Indian journal of veterinary science and animal husbandry - Volumes 24-25, 1954-1955
Year: 1954
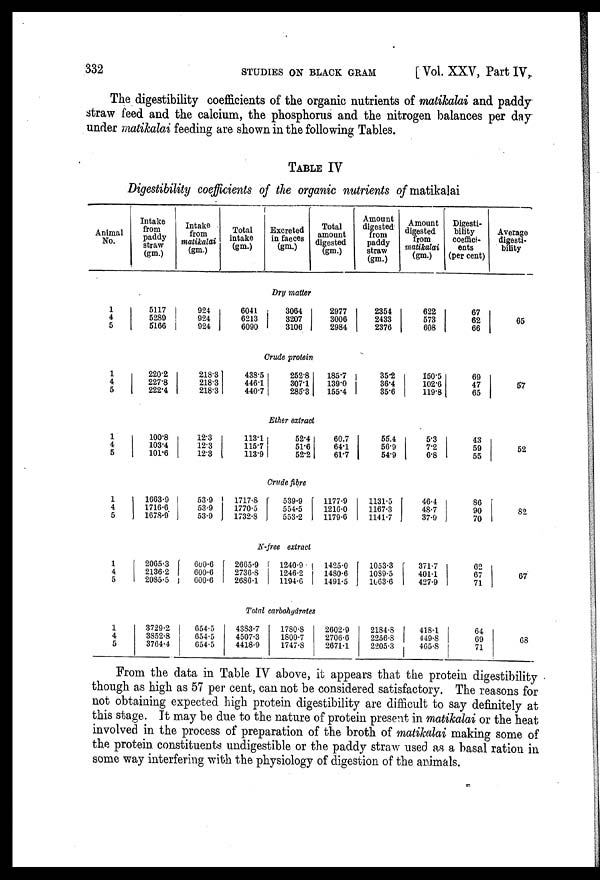
332
STUDIES
ON
BLACK
GRAM
[ Vol. XXV, Part IV,
The digestibility coefficients of the organic nutrients of matikalai and paddy
straw feed and the calcium, the phosphorus and the nitrogen balances per day
under matikalai feeding are shown in the following Tables.
TABLE IV
Digestibility coefficients of the organic nutrients of matikalai
Animal
No.
1
4
5
1
4
5
1
4
5
1
4
5
1
4
5
1
4
5
Intake
from
paddy
straw
(gm.)
Intake
from
matikalai
(gm.)
Total
intake
(gm.)
Excreted
in faeces
(gm.)
Total
amount
digested
(gm.)
Amount
digested
from
paddy
straw
(gm.)
Amount
digested
from
matikalai
(gm.)
Digesti-
bility
coeffici-
ents
(per cent)
Dry matter
5117
5289
5166
924
924
924
6041
6213
6090
3064
3207
3106
2977
3006
2984
2354
2433
2376
622
573
608
67
62
66
Crude protein
220.2
227.8
222.4
218.3
218.3
218.3
438.5
446.1
440.7
252.8
307.1
285.3
185.7
139.0
155.4
35.2
36.4
35.6
150.5
102.6
119.8
69
47
65
Ether extract
100.8
103.4
101.6
12.3
12.3
12.3
113.1
115.7
113.9
52.4
51.6
52.2
60.7
64.1
61.7
55.4
56.9
54.9
5.3
7.2
6.8
43
59
55
Crude fibre
1663.9
1716.6
1678.9
53.9
53.9
53.9
1717.8
1770.5
1732.8
539.9
554.5
553.2
1177.9
1216.0
1179.6
1131.5
1167.3
1141.7
46.4
48.7
37.9
86
90
70
N-free extract
2065.3
2136.2
2085.5
600.6
600.6
600.6
2665.9
2736.8
2686.1
1240.9
1246.2
1194.6
1425.0
1480.6
1491.5
1053.3
1089.5
1063.6
371.7
401.1
427.9
62
67
71
Total carbohydrates
3729.2
3852.8
3764.4
654.5
654.5
654.5
4383.7
4507.3
4418.9
1780.8
1800.7
1747.8
2602.9
2706.6
2671.1
2184.8
2256.8
2205.3
418.1
449.8
405.8
64
69
71
Average
digesti-
bility
65
57
52
82
67
68
From the data in Table IV above, it appears that the protein digestibility
though as high as 57 per cent, can not be considered satisfactory. The reasons for
not obtaining expected high protein digestibility are difficult to say definitely at
this stage. It may be due to the nature of protein present in matikalai or the heat
involved in the process of preparation of the broth of matikalai making some of
the protein constituents undigestible or the paddy straw used as a basal ration in
some way interfering with the physiology of digestion of the animals.